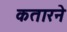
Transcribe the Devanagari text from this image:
कतारने